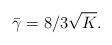
LaTeX: \begin{align*}\bar{\gamma}=8/3\sqrt{K}.\end{align*}